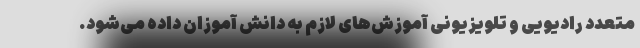
متعدد رادیویی و تلویزیونی آموزش‌های لازم به دانش آموزان داده می‌شود.